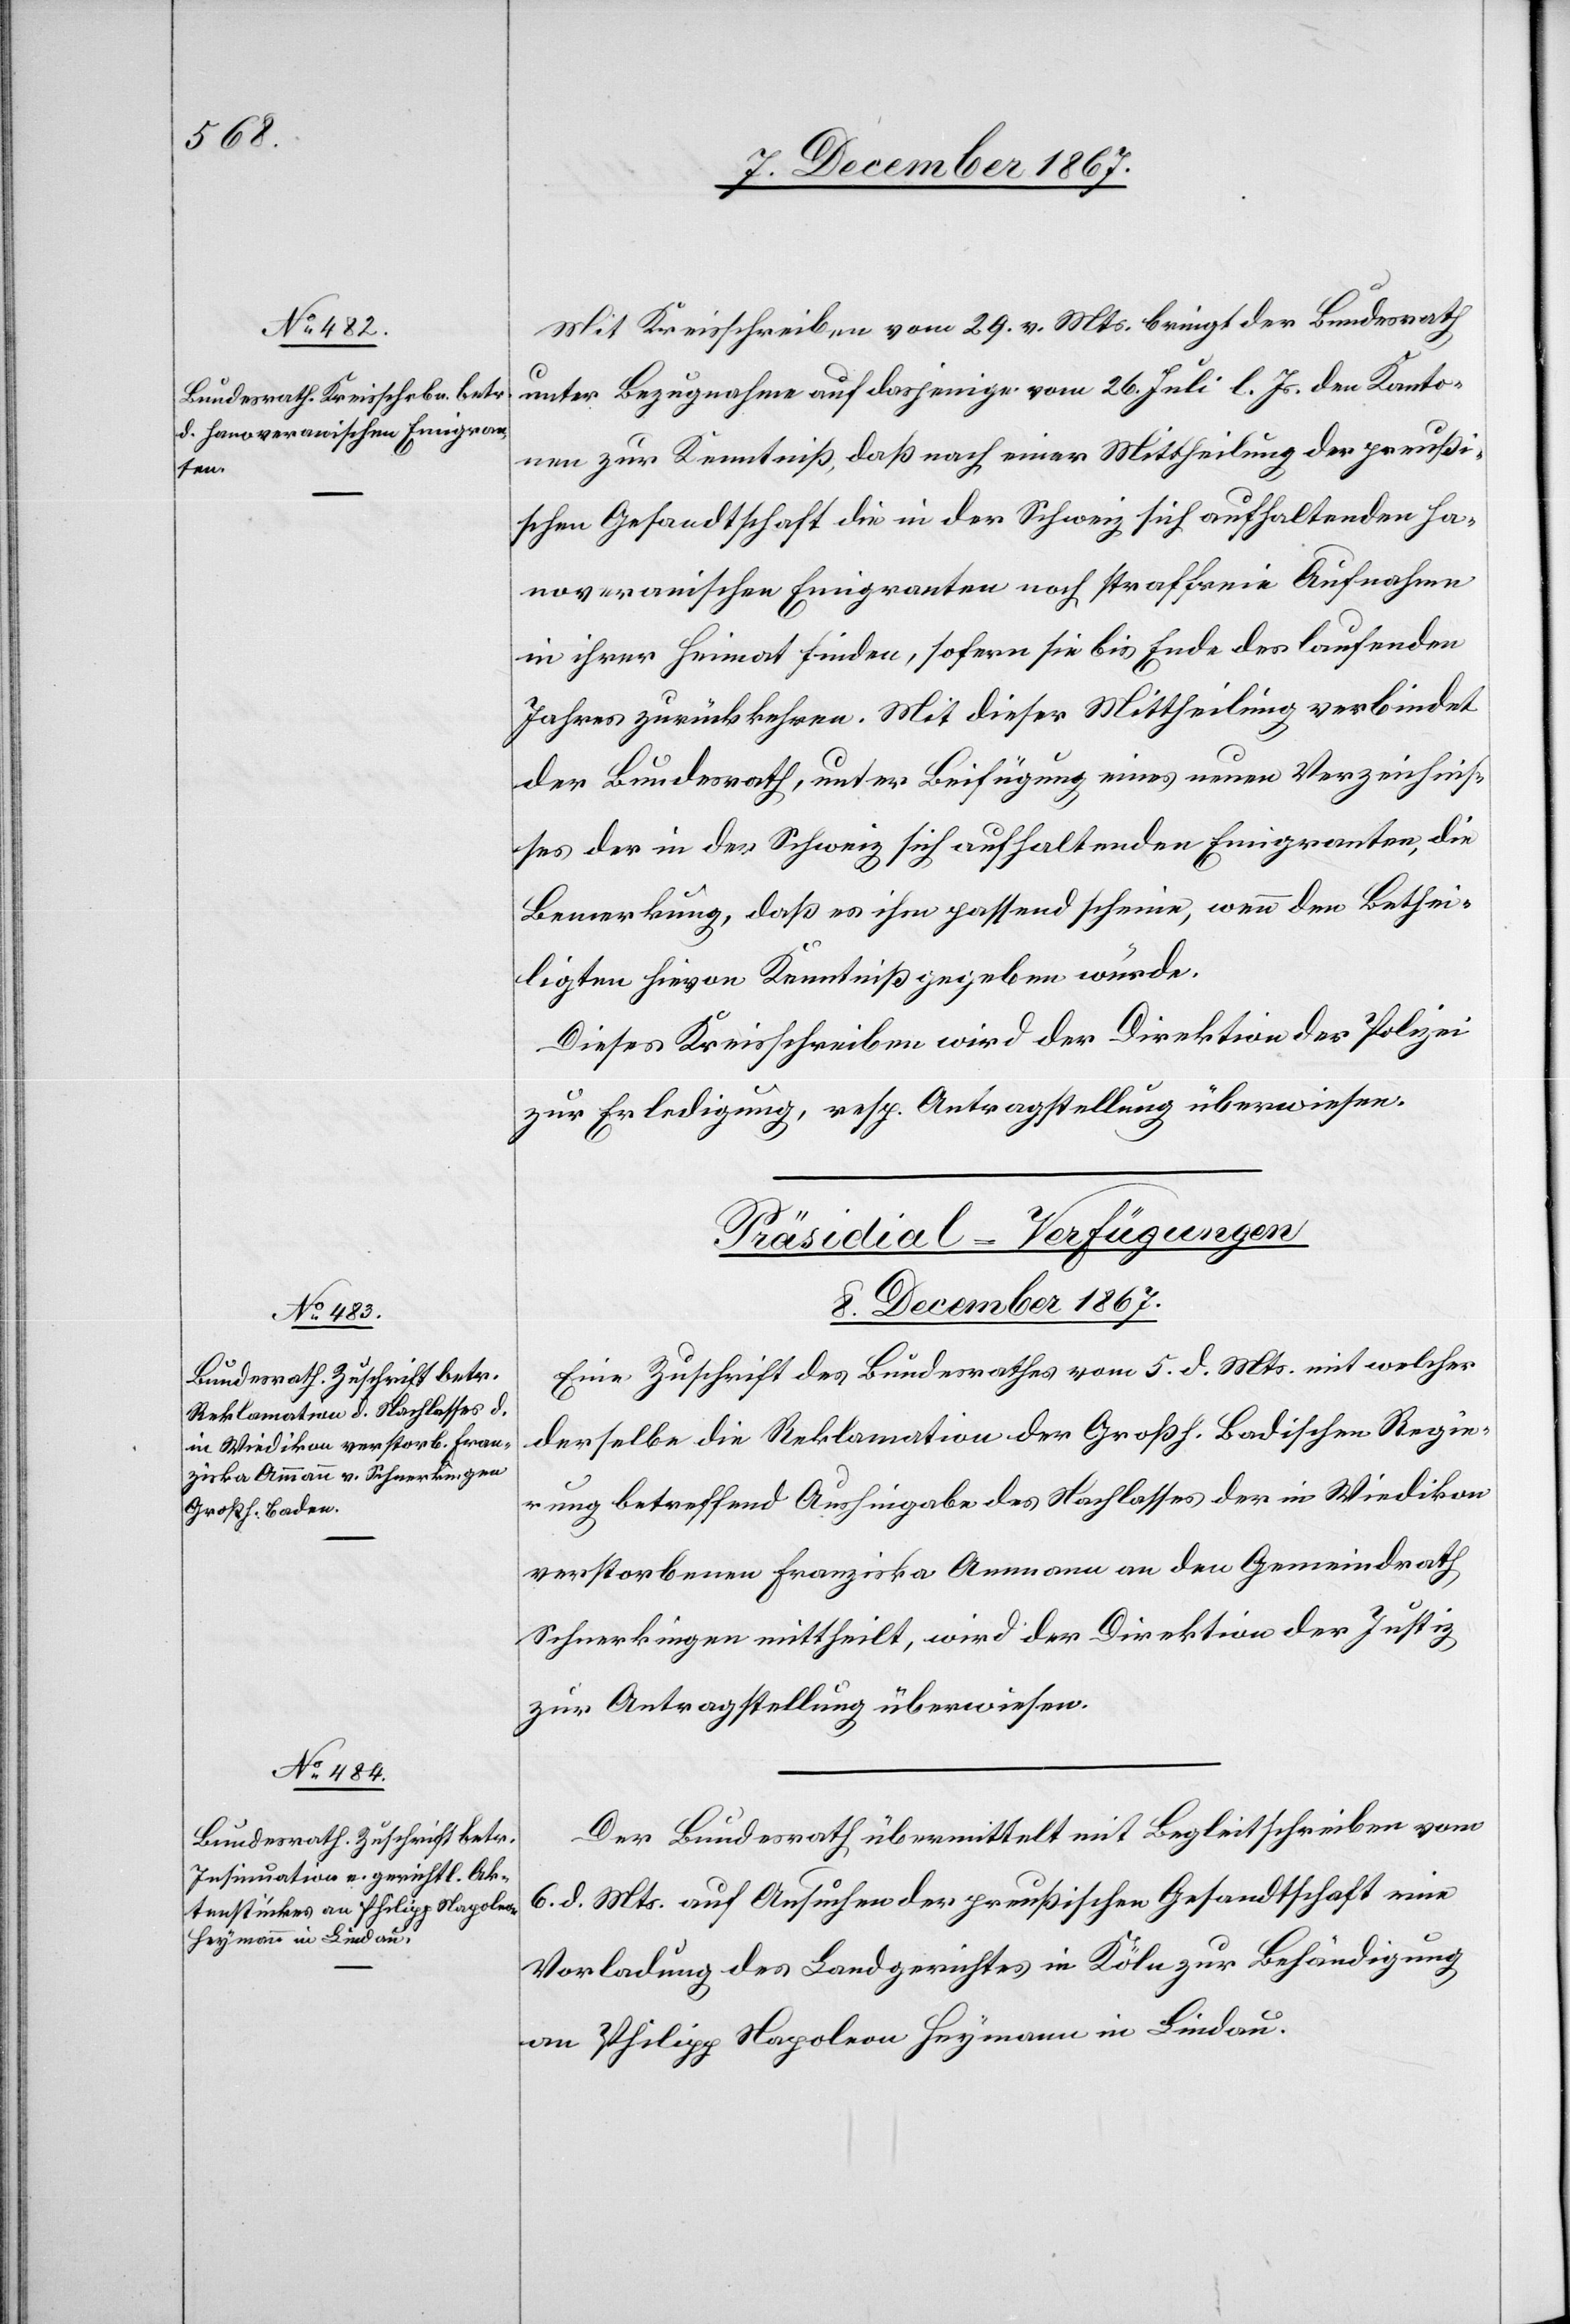
Mit Kreisschreiben vom 29. v. Mts. bringt der Bundesrath
unter Bezugnahme auf dasjenige vom 26. Juli l. Js. den Kanto¬
nen zur Kenntniß, daß nach einer Mittheilung der preußi¬
schen Gesandtschaft die in der Schweiz sich aufhaltenden ha¬
noveranischen Emigranten noch straffrei Aufnahme
in ihrer Heimat finden, sofern sie bis Ende des laufenden
Jahres zurückkehren. Mit dieser Mittheilung verbindet
der Bundesrath, unter Beifügung eines neuen Verzeichnis¬
ses der in der Schweiz sich aufhaltenden Emigranten, die
Bemerkung, daß es ihm passend scheine, wenn den Bethei¬
ligten hievon Kenntniß gegeben würde.
Dieses Kreisschreiben wird der Direktion der Polizei
zur Erledigung resp. Antragstellung überwiesen.
[Präsidial-Verfügungen.
8. December 1867.]
Eine Zuschrift des Bundesrathes vom 5. d. Mts. mit welcher
derselbe die Reklamation der Großh. Badischen Regie¬
rung betreffend Aushingabe des Nachlasses der in Wiedikon
verstorbenen Franziska Ammann an den Gemeindrath
Schnerkingen mittheilt, wird der Direktion der Justiz
zur Antragstellung überwiesen.
Der Bundesrath übermittelt mit Begleitschreiben vom
6. d. Mts. auf Ansuchen der preußischen Gesandtschaft eine
Vorladung des Landgerichtes in Köln zur Behändigung
an Philipp Napoleon Heymann in Lindau.